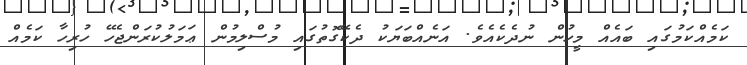
ކަމެއްކަމުގައި ބައެއް މީހުން ނުދެކެއެވެ. އަނެއްބަޔަކު ދެކޭގޮތުގައި މުސްލިމުން ޢަމަލުކުރަންޖެހޭ ހުރިހާ ކަމެއް